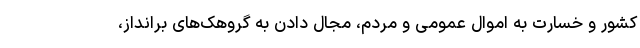
کشور و خسارت به اموال عمومی و مردم، مجال دادن به گروهک‌های برانداز،